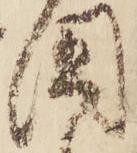
國